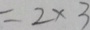
= 2 \times 3